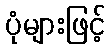
ပုံများဖြင့်